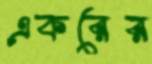
একরের